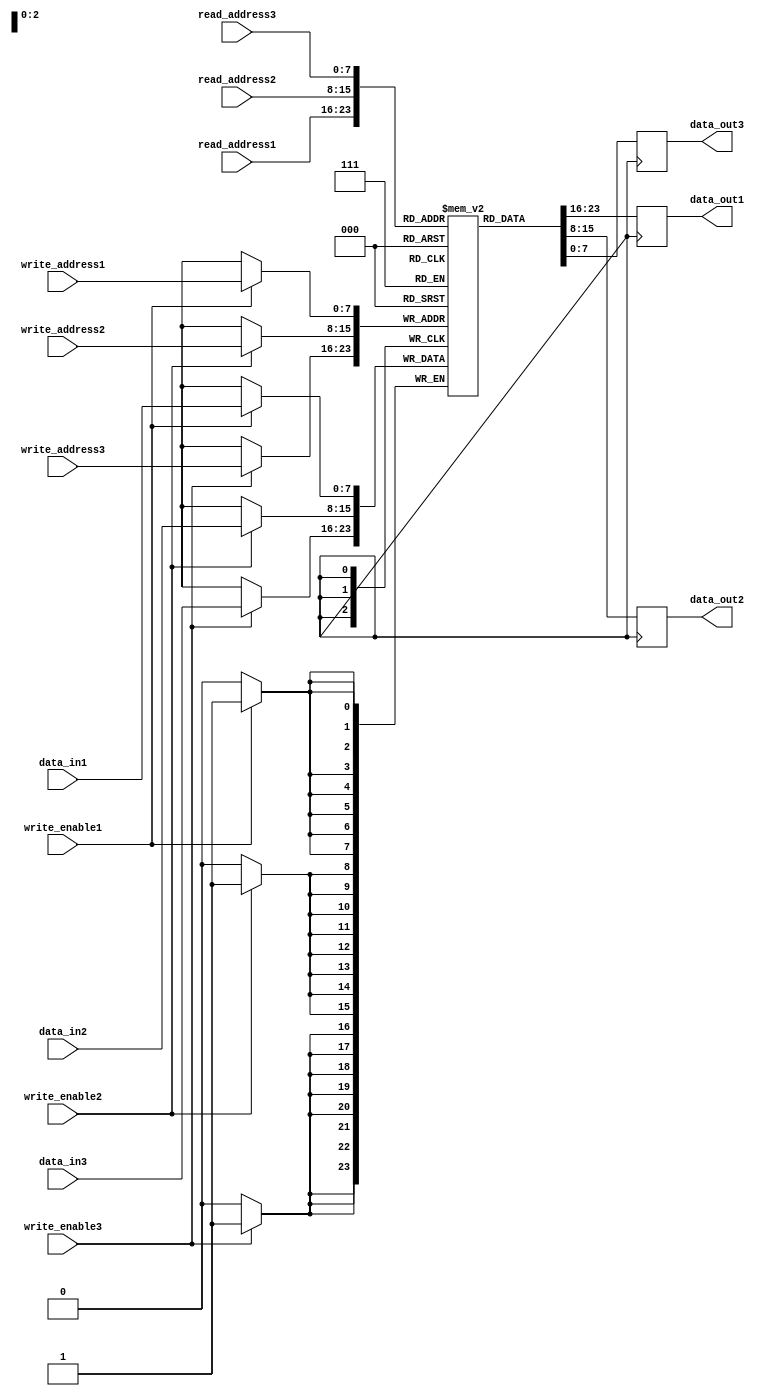
module triple_port_register_file (
    input wire [7:0] data_in1,
    input wire [7:0] data_in2,
    input wire [7:0] data_in3,
    input wire [7:0] write_address1,
    input wire [7:0] write_address2,
    input wire [7:0] write_address3,
    input wire write_enable1,
    input wire write_enable2,
    input wire write_enable3,
    input wire [7:0] read_address1,
    input wire [7:0] read_address2,
    input wire [7:0] read_address3,
    output reg [7:0] data_out1,
    output reg [7:0] data_out2,
    output reg [7:0] data_out3
);

reg [7:0] register_file [255:0];

always @(posedge clock) begin
    if (write_enable1) begin
        register_file[write_address1] <= data_in1;
    end
    if (write_enable2) begin
        register_file[write_address2] <= data_in2;
    end
    if (write_enable3) begin
        register_file[write_address3] <= data_in3;
    end

    data_out1 <= register_file[read_address1];
    data_out2 <= register_file[read_address2];
    data_out3 <= register_file[read_address3];
end

endmodule